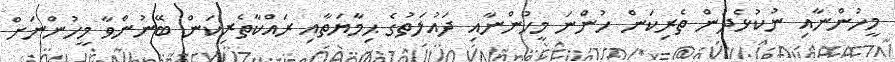
މީހުންނާއި ނުކުޅެދުން ތެރިކަން ހުންނަ މީހުންނާއި ދައުލަތުގެ ޙިމާޔަތާއި ރައްކާތެރިކަން ބޭނުންވާ މީހުންނަށް